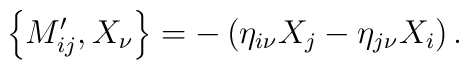
\left\{ M_{ij}^{\prime },X_\nu \right\} =-\left( \eta _{i\nu }X_j-\eta_{j\nu }X_i\right) .